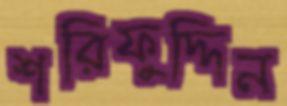
শরিফুদ্দিন